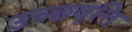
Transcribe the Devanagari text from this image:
उच्छवृत्ति